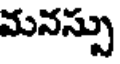
మనస్సు